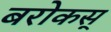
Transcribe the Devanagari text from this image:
बरोकस्